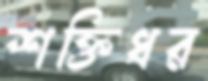
শক্তিধর